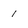
Character: 1